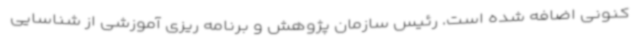
کنونی اضافه شده است. رئیس سازمان پژوهش و برنامه ریزی آموزشی از شناسایی